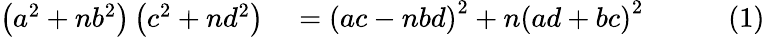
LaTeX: \begin{array}{rlrlr}{\left(a^{2}+nb^{2}\right)\left(c^{2}+nd^{2}\right)}&{{}{}=\left(ac-nbd\right)^{2}+n\left(ad+bc\right)^{2}}&{}&{{}}&{(1)}\end{array}